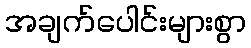
အချက်ပေါင်းများစွာ